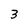
Character: 3